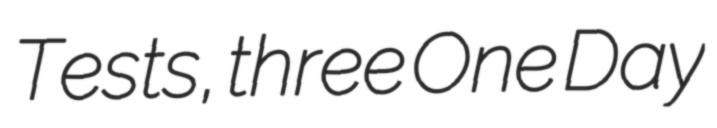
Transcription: Tests, three One Day